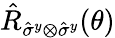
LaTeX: \hat{R}_{{\hat{\sigma}}^{y}\otimes{\hat{\sigma}}^{y}}(\theta)